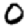
Digit: 0